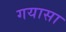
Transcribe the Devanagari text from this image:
गयासा